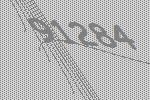
91284